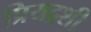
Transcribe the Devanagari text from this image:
प्रियद्रशी